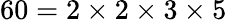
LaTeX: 60=2\times 2\times 3\times 5